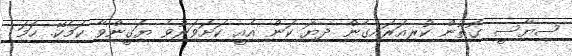
ސިޔާސީ ގޮތުން ކުރިއަރައިގެން ދިޔަ ކަން އެއީ ކަށަވަރުވެ ޔަގީންވާ ކަމެކޭ. ހަމަ